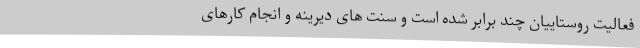
فعالیت روستاییان چند برابر شده است و سنت های دیرینه و انجام کارهای